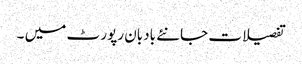
تفصیلات جانئے بادبان رپور ٹ میں ۔